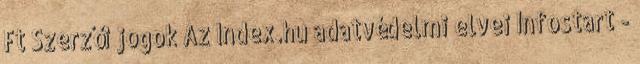
Ft Szerzői jogok Az Index.hu adatvédelmi elvei Infostart -